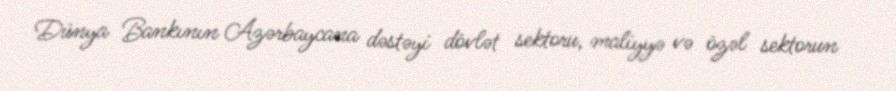
Dünya Bankının Azərbaycana dəstəyi dövlət sektoru, maliyyə və özəl sektorun